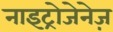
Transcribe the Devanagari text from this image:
नाइट्रोजेनेज़